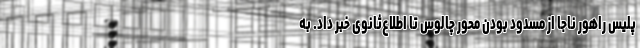
پلیس راهور ناجا از مسدود بودن محور چالوس تا اطلاع‌ثانوی خبر داد. به